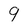
Character: 9